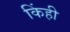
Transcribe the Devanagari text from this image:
किंही